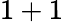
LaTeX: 1+1